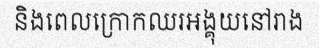
និងពេលក្រោកឈរអង្គុយនៅរាង